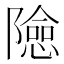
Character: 𨼶